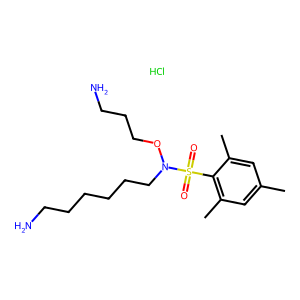
SMILES: Cc1cc(C)c(S(=O)(=O)N(CCCCCCN)OCCCN)c(C)c1.Cl
Inhibits HIV replication: No